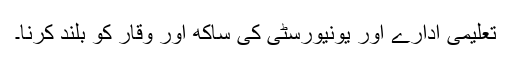
تعلیمی ادارے اور یونیورسٹی کی ساکھ اور وقار کو بلند کرنا۔